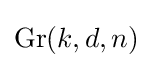
\operatorname {Gr} (k,d,n)